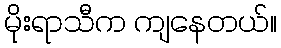
မိုးရာသီက ကျနေတယ်။